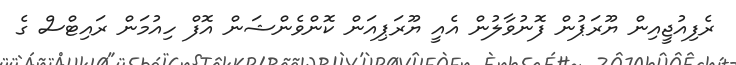
ރެފިއުޖީއިން ޔޫރަޕުން ފޮނުވާލުން އެއީ ޔޫރަޕިއަން ކޮންވެންޝަން އޮފް ހިއުމަން ރައިޓްސް ގެ